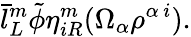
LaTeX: \bar{l}_{L}^{m}\tilde{\phi}\eta_{iR}^{m}(\Omega_{\alpha}\rho^{\alpha\, i}).